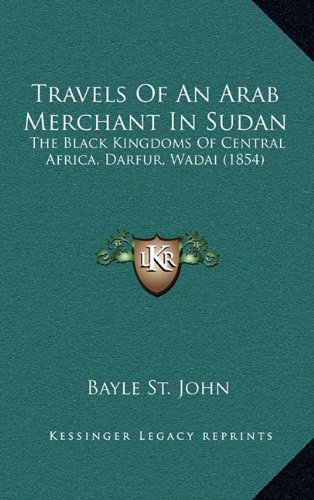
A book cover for Travels Of An Arab Merchant In Sudan: The Black Kingdoms Of Central Africa, Darfur, Wadai (1854); Bayle St. John; Travel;